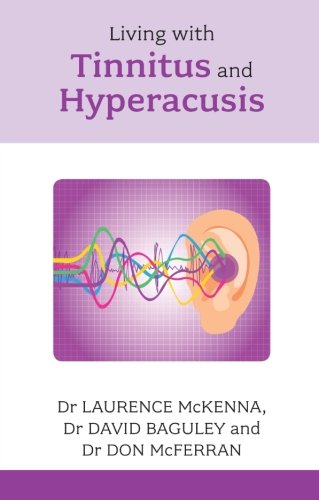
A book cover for Living with Tinnitus and Hyperacusis - Comprehensive and authoritative (Overcoming Common Problems); Dr. David Baguley; Health, Fitness & Dieting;